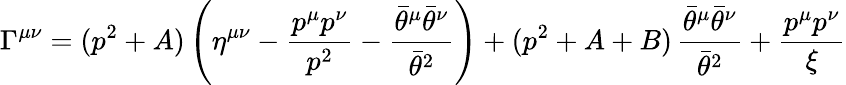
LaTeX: \Gamma^{\mu\nu}=(p^{2}+A)\left(\eta^{\mu\nu}-{\frac{p^{\mu}p^{\nu}}{p^{2}}}-{\frac{\bar{\theta}^{\mu}\bar{\theta}^{\nu}}{\bar{\theta}^{2}}}\right)+(p^{2}+A+B)\, {\frac{\bar{\theta}^{\mu}\bar{\theta}^{\nu}}{\bar{\theta}^{2}}}+{\frac{p^{\mu}p^{\nu}}{\xi}}